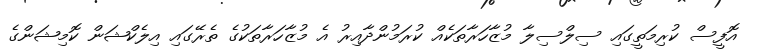
އޮފީސް ކުރިމަތީގައި ސިލްސިލާ މުޒާހަރާތަކެއް ކުރަމުންދާއިރު އެ މުޒާހަރާތަކުގެ ތެރޭގައި އިލެކްޝަން ކޮމިޝަންގެ